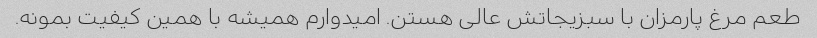
طعم مرغ پارمزان با سبزیجاتش عالی هستن. امیدوارم همیشه با همین کیفیت بمونه.